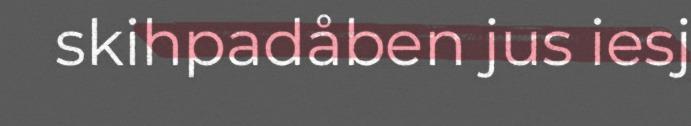
skihpadåben jus iesj